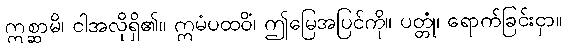
ဣစ္ဆာမိ၊ ငါအလိုရှိ၏။ ဣမံပထဝိံ၊ ဤမြေအပြင်ကို။ ပတ္တုံ၊ ရောက်ခြင်းငှာ။